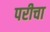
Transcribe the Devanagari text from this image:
परीचा